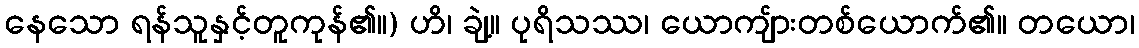
နေသော ရန်သူနှင့်တူကုန်၏။) ဟိ၊ ချဲ့။ ပုရိသဿ၊ ယောကျ်ားတစ်ယောက်၏။ တယော၊